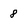
Character: 8